Annual report of the Bengal Veterinary College and of the Civil Veterinary Department, Bengal, for the year 1914-1915 - 1914-1915
Year: 1914
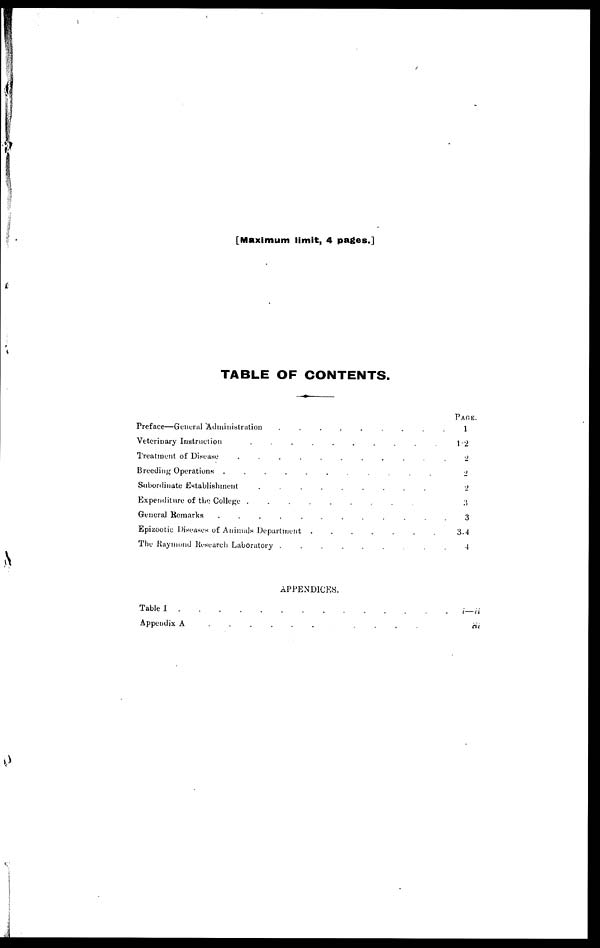
[Maximum limit, 4 pages.]
TABLE OF CONTENTS.
Preface—General Administration
.........
Veterinary Instruction
..........
Treatment of Disease ........
Breeding Operations
...........
Subordinate Establishment
.........
Expenditure of the College
..........
General Remarks
............
Epizootic Diseases of Animals Department
.......
The Raymond Research Laboratory
.........
APPENDICES.
Table I
........
Appeudix A
......
PAGE.
1
1-2
2
2
2
3
3
3-4
4
i—ii
iii